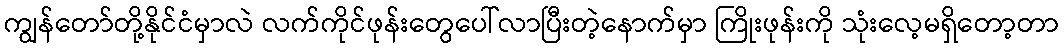
ကျွန်တော်တို့နိုင်ငံမှာလဲ လက်ကိုင်ဖုန်းတွေပေါ်လာပြီးတဲ့နောက်မှာ ကြိုးဖုန်းကို သုံးလေ့မရှိတော့တာ